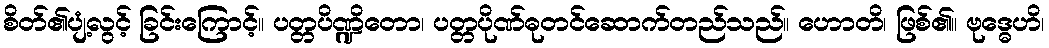
စိတ်၏ပျံ့လွင့် ခြင်းကြောင့်။ ပတ္တပိဏ္ဍိတော၊ ပတ္တပိုဏ်ဓုတင်ဆောက်တည်သည်။ ဟောတိ၊ ဖြစ်၏။ ဗုဒ္ဓေဟိ၊